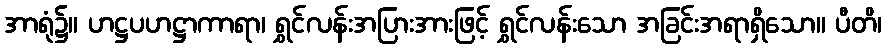
အာရုံ၌။ ဟဋ္ဌပဟဋ္ဌာကာရာ၊ ရွှင်လန်းအပြားအားဖြင့် ရွှင်လန်းသော အခြင်းအရာရှိသော။ ပီတိ၊